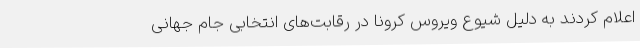
اعلام کردند به دلیل شیوع ویروس کرونا در رقابت‌های انتخابی جام جهانی